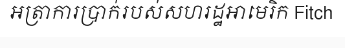
អត្រាការប្រាក់របស់សហរដ្ឋអាមេរិក Fitch